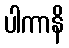
ပါကာနိ